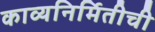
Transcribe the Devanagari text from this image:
काव्यनिर्मितीची